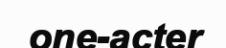
one-acter